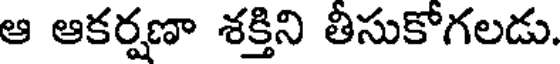
ఆ ఆకర్షణా శక్తిని తీసుకోగలడు.